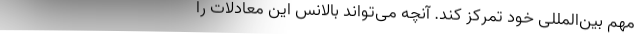
مهم بین‌المللی خود تمرکز کند. آنچه می‌تواند بالانس این معادلات را